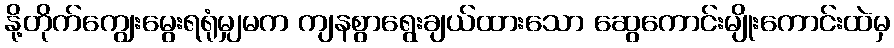
နို့တိုက်ကျွေးမွေးရရုံမျှမက ကျနစွာရွေးချယ်ထားသော ဆွေကောင်းမျိုးကောင်းထဲမှ